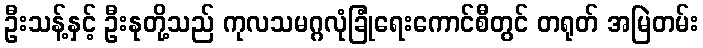
ဦးသန့်နှင့် ဦးနုတို့သည် ကုလသမဂ္ဂလုံခြုံရေးကောင်စီတွင် တရုတ် အမြဲတမ်း